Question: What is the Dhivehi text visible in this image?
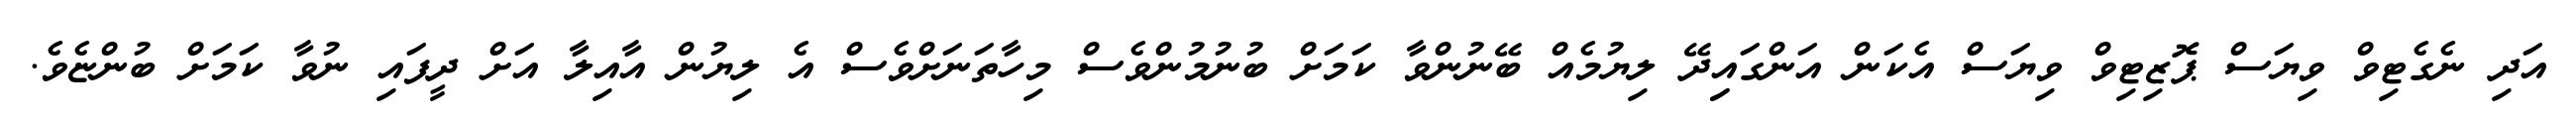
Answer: އަދި ނެގެޓިވް ވިޔަސް ޕޮޒިޓިވް ވިޔަސް އެކަން އަންގައިިދޭ ލިޔުމެއް ބޭނުންވާ ކަމަށް ބުނުމުންވެސް މިހާތަނަށްވެސް އެ ލިޔުން އާއިލާ އަށް ދީފައި ނުވާ ކަމަށް ބުންޏެވެ.